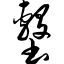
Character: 墼